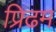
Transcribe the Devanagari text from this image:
प्रिढम